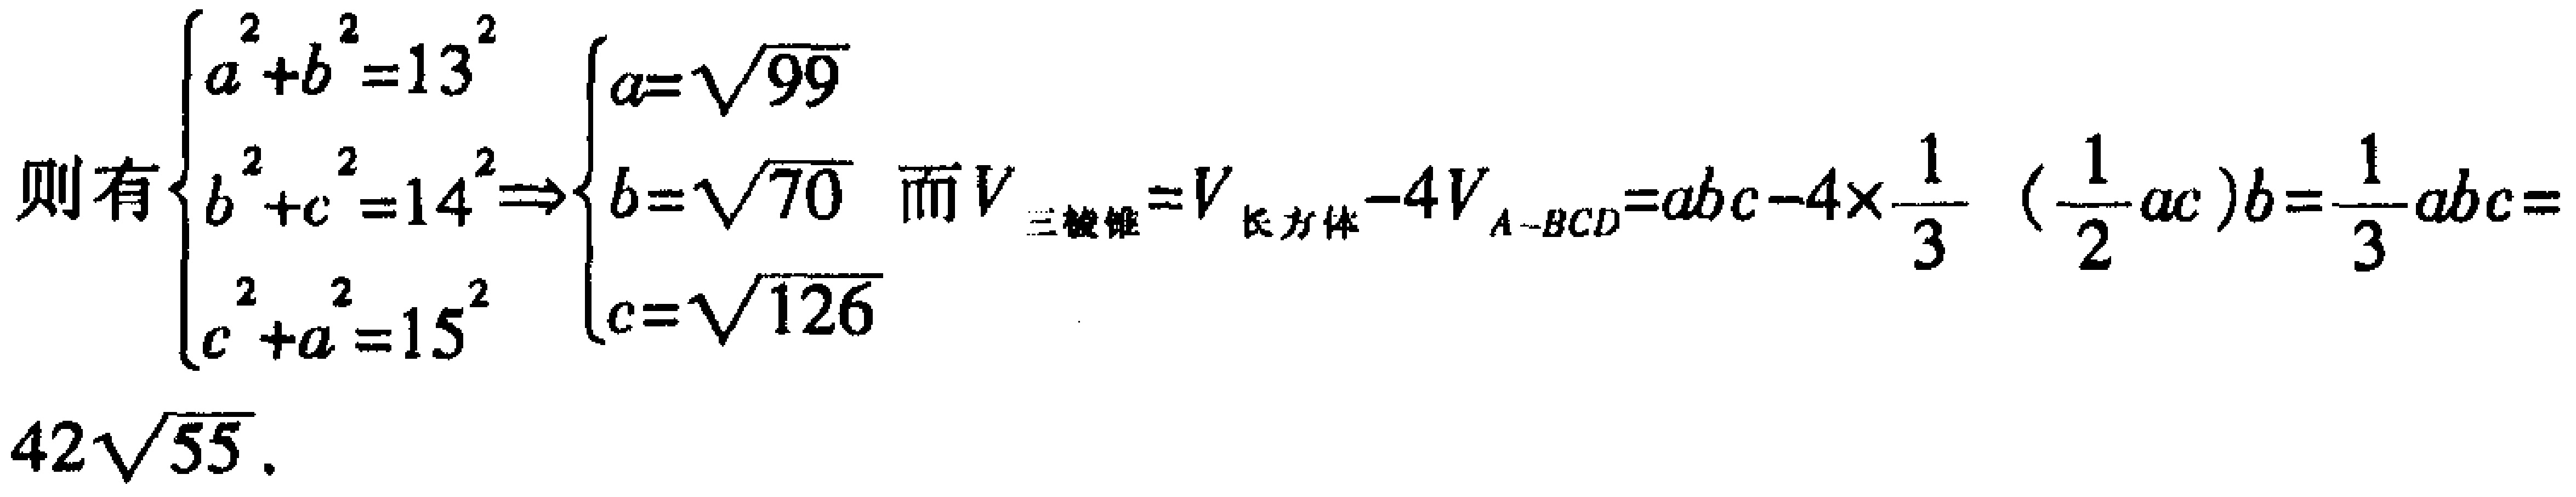
\[

\begin{cases}

a^{2}+b^{2}=13^{2}\\

b^{2}+c^{2}=14^{2}\\

c^{2}+a^{2}=15^{2}

\end{cases}

\Rightarrow

\begin{cases}

a = \sqrt{99}\\

b=\sqrt{70}\\

c=\sqrt{126}

\end{cases}

\]

而 \(V_{三棱锥}=V_{长方体}-4V_{A - BCD}=abc - 4\times\frac{1}{3}(\frac{1}{2}ac)b=\frac{1}{3}abc = 42\sqrt{55}\)